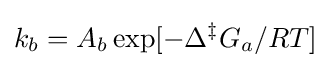
k_{b}=A_{b}\exp[-\Delta ^{\ddagger }G_{a}/RT]